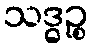
သဒ္ဓဉ္စ